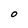
Character: O